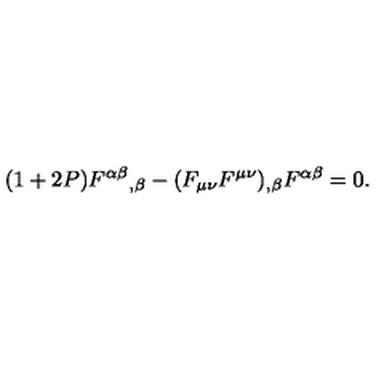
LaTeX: ( 1 + 2 P ) { F ^ { \alpha \beta } } _ { , \beta } - ( F _ { \mu \nu } F ^ { \mu \nu } ) _ { , \beta } F ^ { \alpha \beta } = 0 .